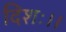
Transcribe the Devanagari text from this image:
दिशः।।